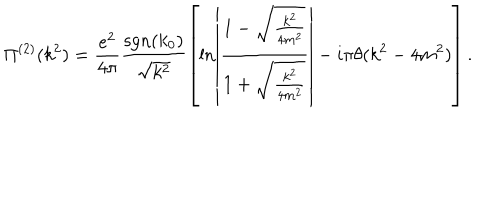
LaTeX: \Pi ^ { ( 2 ) } ( k ^ { 2 } ) = \frac { e ^ { 2 } } { 4 \pi } \frac { \mathrm { s g n } ( k _ { 0 } ) } { \sqrt { k ^ { 2 } } } \left[ \ln \left| \frac { 1 - \sqrt { \frac { k ^ { 2 } } { 4 m ^ { 2 } } } } { 1 + \sqrt { \frac { k ^ { 2 } } { 4 m ^ { 2 } } } } \right| - i \pi \theta ( k ^ { 2 } - 4 m ^ { 2 } ) \right] .